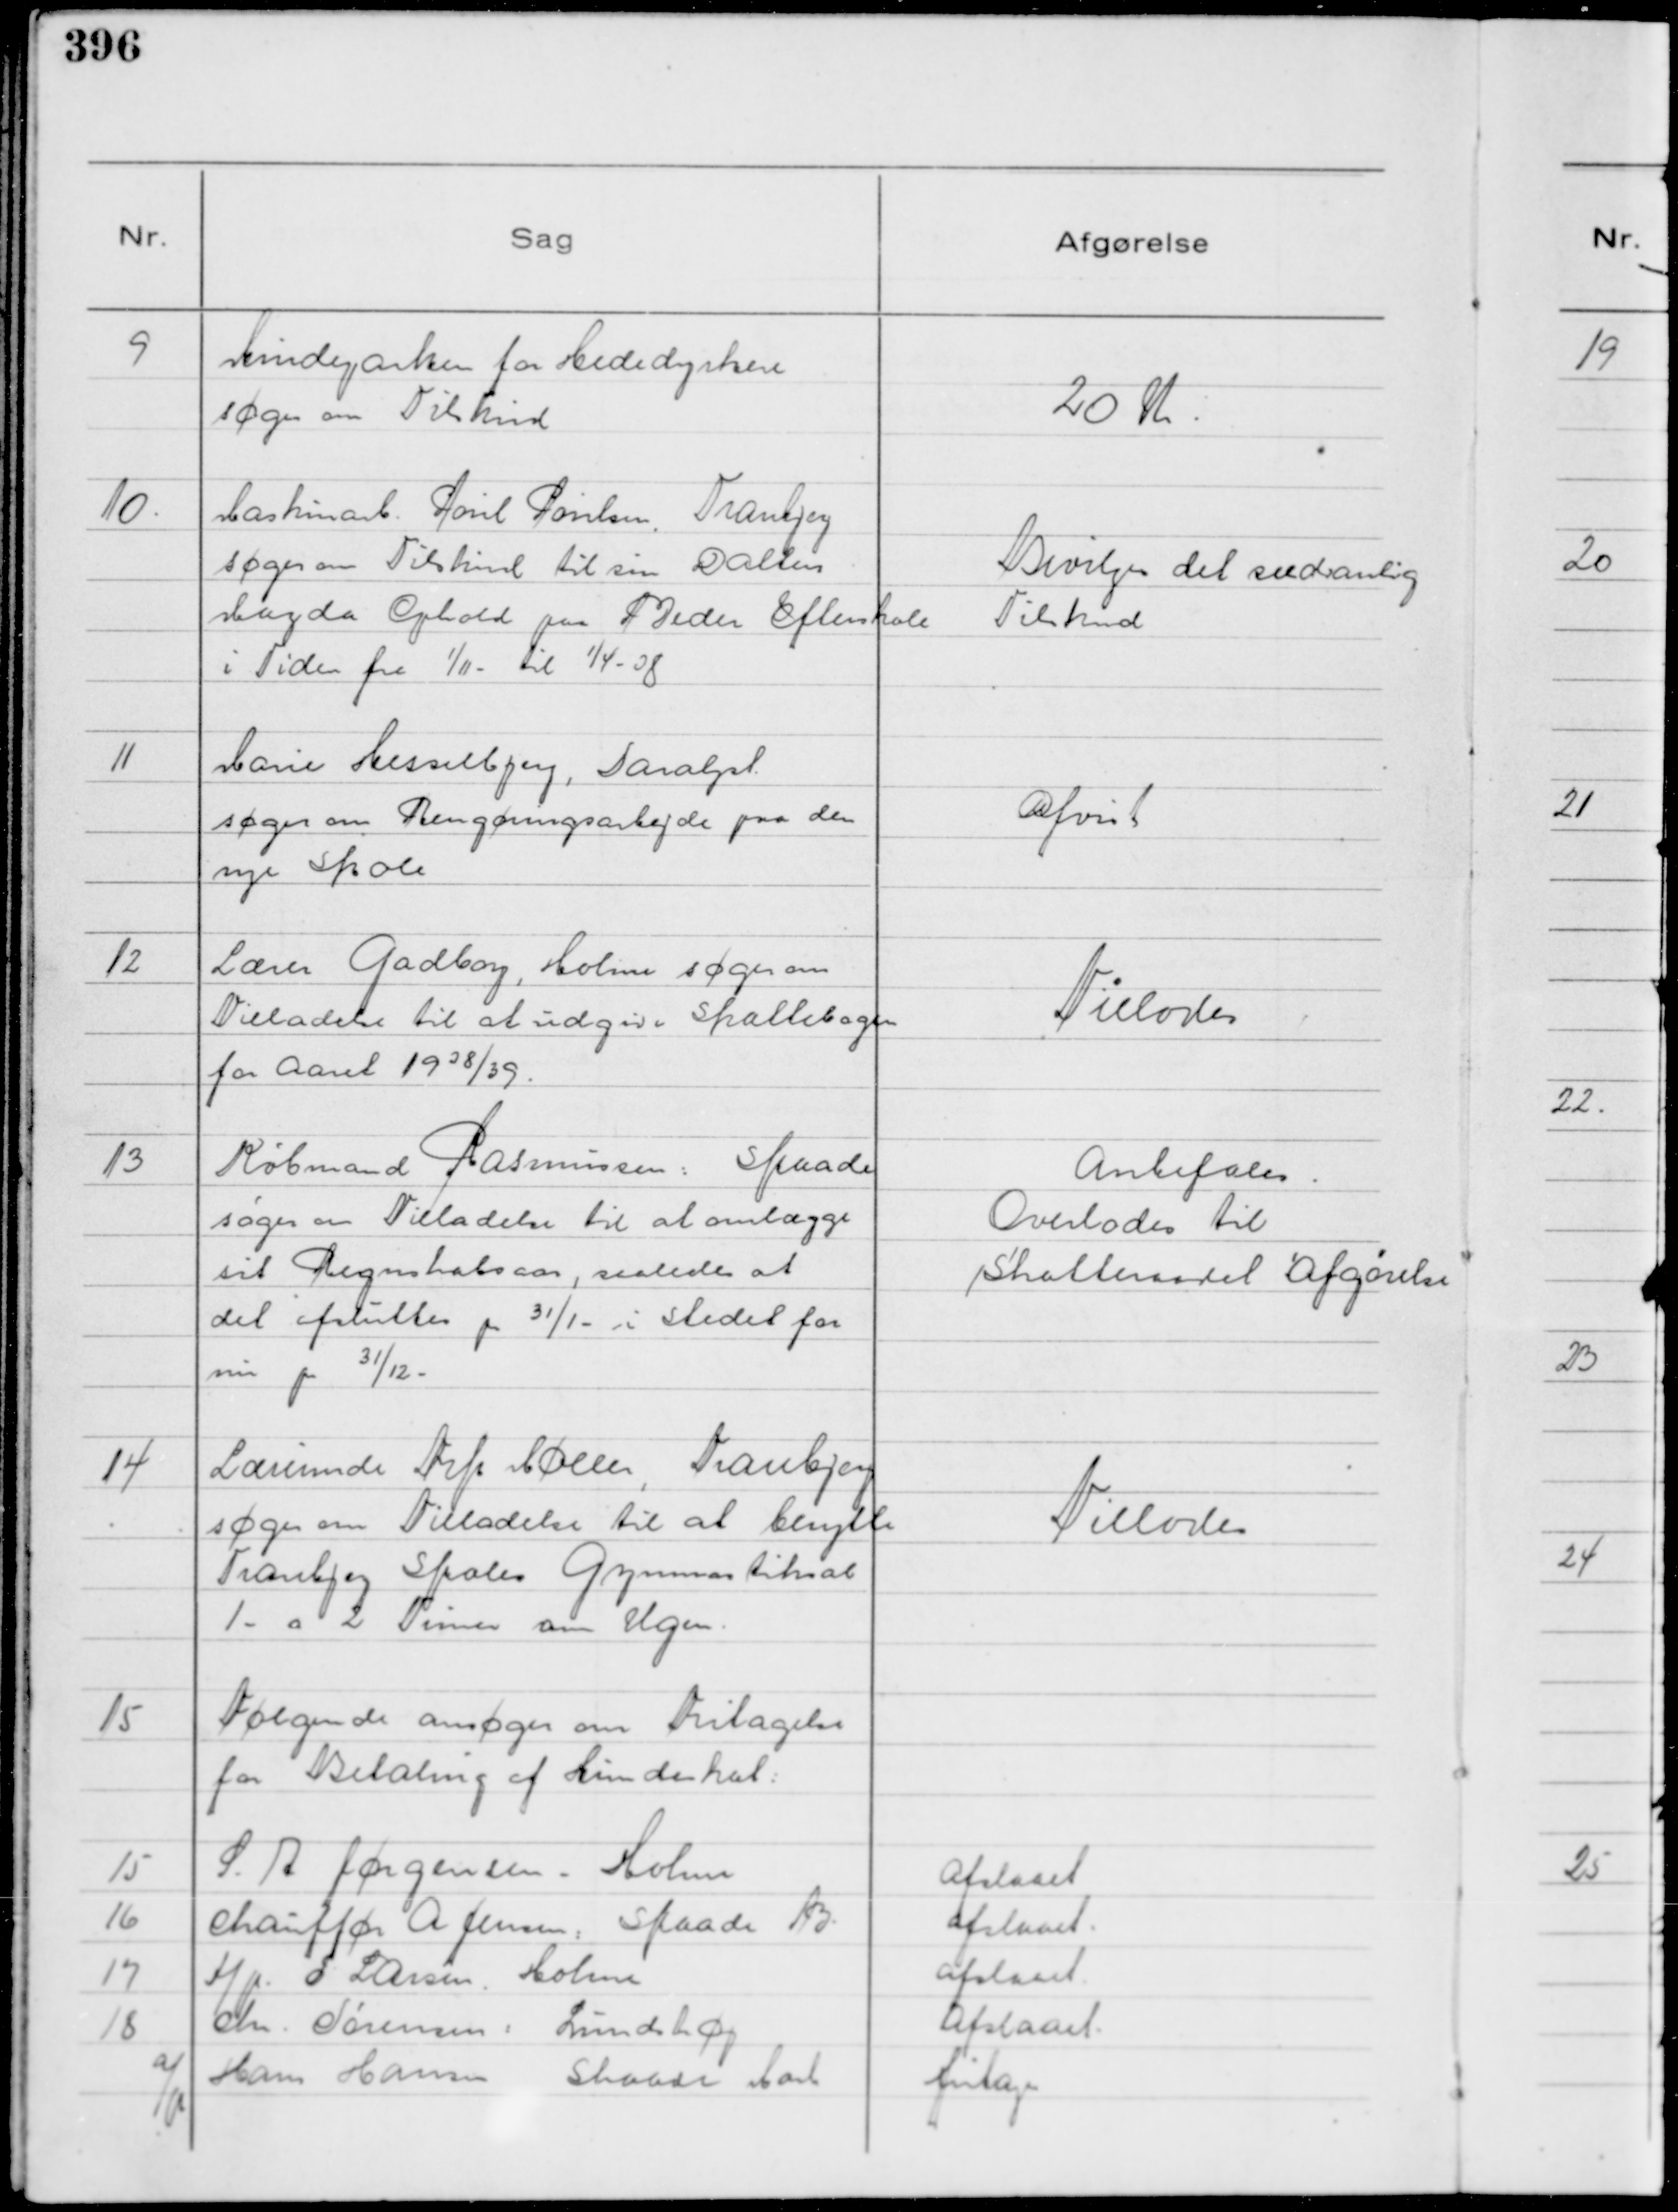
Transskription:
9
Mindeparken for Hededyrkere
søger om Tilskud

20 Kr.

10.
Maskinarb. Poul Poulsen, Tranbjerg
søger om Tilskud til sin Datters
Magda Ophold paa Beder Efterskole
i Tiden fra 1/11 - til 1/4 - 38

Bevilges det sædvanlig
Tilskud

11
Marie Hesselbjerg, Saralyst
søger om Rengøringsarbejde paa den
nye Skole

Afvist

12
Lærer Gadborg, Holme søger om
Tilladelse til at udgive Skattebogen
for Aaret 1938/39.

Tillodes

13
Købmand Rasmussen: Skaade
søger om Tilladelse til at omlægge
sit Regnskabsaar, saaledes at
det afsluttes pr 31/1 - i stedet for
nu pr 31/12

Anbefales .
Overlodes til
Skatteraadet Afgørelse

14
Lærerinde Frk Møller, Tranbjerg
søger om Tilladelse til at benytte
Tranbjerg Skoles Gymnastiksal
1 - a 2 Timer om Ugen.

Tillodes

15
Følgende ansøger om Fritagelse
for Betaling af Hundeskat:
15 S. A Jørgensen - Holme
Afslaaet
16 Chauffør A Jensen, Skaade B.
Afslaaet.
17 A/p S Larsen. Holme
Afslaaet.
18 Chr. Sørensen: Lundshøj
Afslaaet.


a/p Hans Hansen Skaade Mark
fritages